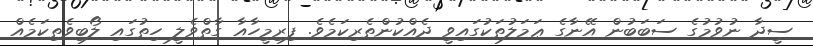
ސީދާ ނުވުމުގެ ސަބަބުން އޭނާގެ ޢަމަލުތަކުގައިވީ ދެއްކުންތެރިކަމެވެ. ފިރިމީހާއާ ގާތްވެލީ ހިތުގައި ލޯބިވެތިކަމެއް